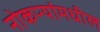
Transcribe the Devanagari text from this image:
नोकऱ्यांमधील